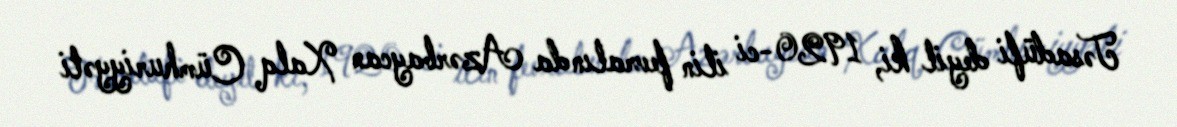
Təsadüfi deyil ki, 1920-ci ilin fevralında Azərbaycan Xalq Cümhuriyyəti